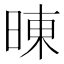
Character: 𰖍